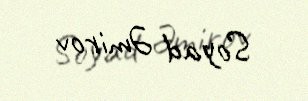
Soyad Əmirov